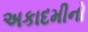
અકાદમીનો